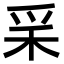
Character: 𥝩